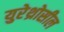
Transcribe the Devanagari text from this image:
युरेथ्रोसील